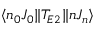
\langle n _ { 0 } J _ { 0 } \| T _ { E 2 } \| n J _ { n } \rangle